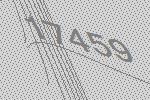
17459